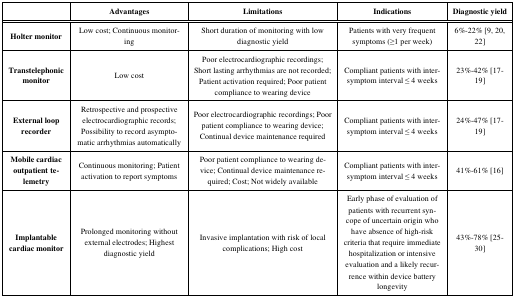
<table><thead><tr><td><b> </b></td><td><b>Advantages</b></td><td><b>Limitations</b></td><td><b>Indications</b></td><td><b>Diagnostic yield</b></td></tr></thead><tbody><tr><td>Holter monitor</td><td>Low cost; Continuous monitoring</td><td>Short duration of monitoring with low diagnostic yield</td><td>Patients with very frequent symptoms (≥1 per week)</td><td>6%-22% [9, 20, 22]</td></tr><tr><td>Transtelephonic monitor</td><td>Low cost</td><td>Poor electrocardiographic recordings; Short lasting arrhythmias are not recorded; Patient activation required; Poor patient compliance to wearing device</td><td>Compliant patients with inter-symptom interval ≤ 4 weeks</td><td>23%-42% [17-19]</td></tr><tr><td>External loop recorder</td><td>Retrospective and prospective electrocardiographic records; Possibility to record asymptomatic arrhythmias automatically</td><td>Poor electrocardiographic recordings; Poor patient compliance to wearing device; Continual device maintenance required</td><td>Compliant patients with inter-symptom interval ≤ 4 weeks</td><td>24%-47% [17-19]</td></tr><tr><td>Mobile cardiac outpatient telemetry</td><td>Continuous monitoring; Patient activation to report symptoms</td><td>Poor patient compliance to wearing device; Continual device maintenance required; Cost; Not widely available</td><td>Compliant patients with inter-symptom interval ≤ 4 weeks</td><td>41%-61% [16]</td></tr><tr><td>Implantable cardiac monitor</td><td>Prolonged monitoring without external electrodes; Highest diagnostic yield</td><td>Invasive implantation with risk of local complications; High cost</td><td>Early phase of evaluation of patients with recurrent syncope of uncertain origin who have absence of high-risk criteria that require immediate hospitalization or intensive evaluation and a likely recurrence within device battery longevity</td><td>43%-78% [25-30]</td></tr></tbody></table>